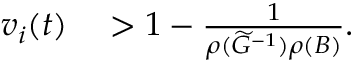
\begin{array} { r l } { v _ { i } ( t ) } & { { } > 1 - \frac { 1 } { \rho ( \widetilde G ^ { - 1 } ) \rho ( B ) } . } \end{array}